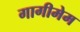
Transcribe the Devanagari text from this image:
गागीमेम